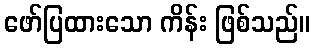
ဖော်ပြထားသော ကိန်း ဖြစ်သည်။